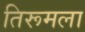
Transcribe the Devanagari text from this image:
तिरूमला